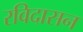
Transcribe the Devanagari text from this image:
रविदासन